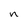
Character: n